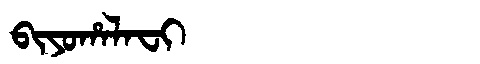
Manchu: ᠪᡳᠶᠣᡥᠠᠯᠠᠸᡳ
Romanization: BIYOHALAFI